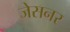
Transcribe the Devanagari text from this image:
जेसनर